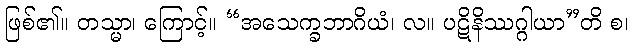
ဖြစ်၏။ တသ္မာ၊ ကြောင့်။ “အသေက္ခဘာဂိယံ၊ လ။ ပဋိနိဿဂ္ဂါယာ”တိ စ၊